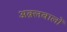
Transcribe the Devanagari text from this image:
अक़्लवालों